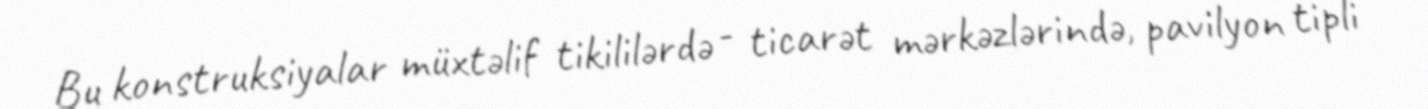
Bu konstruksiyalar müxtəlif tikililərdə - ticarət mərkəzlərində, pavilyon tipli